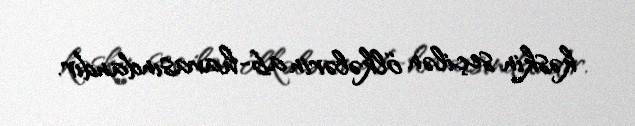
kəskin seçilən ölkələrin ab-havasındandır.